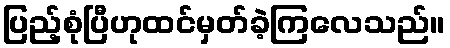
ပြည့်စုံပြီဟုထင်မှတ်ခဲ့ကြလေသည်။